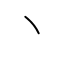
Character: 丶